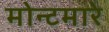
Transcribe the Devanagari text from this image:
मोन्टमारे